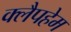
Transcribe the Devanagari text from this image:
क्लैपहेम